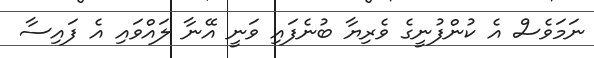
ނަމަވެސް އެ ކުންފުނީގެ ވެރިޔާ ބުނެފައި ވަނީ އޭނާ ލައްވައި އެ ފައިސާ